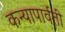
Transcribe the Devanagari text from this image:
कन्यापार्वती